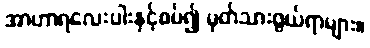
အာဟာရလေးပါးနှင့်စပ်၍ မှတ်သားဖွယ်ရာများ။